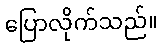
ပြောလိုက်သည်။